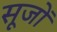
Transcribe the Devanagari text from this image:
सूजों